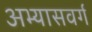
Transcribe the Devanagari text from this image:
अभ्यासवर्ग